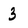
Character: 3